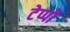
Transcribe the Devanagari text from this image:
टेप्पो